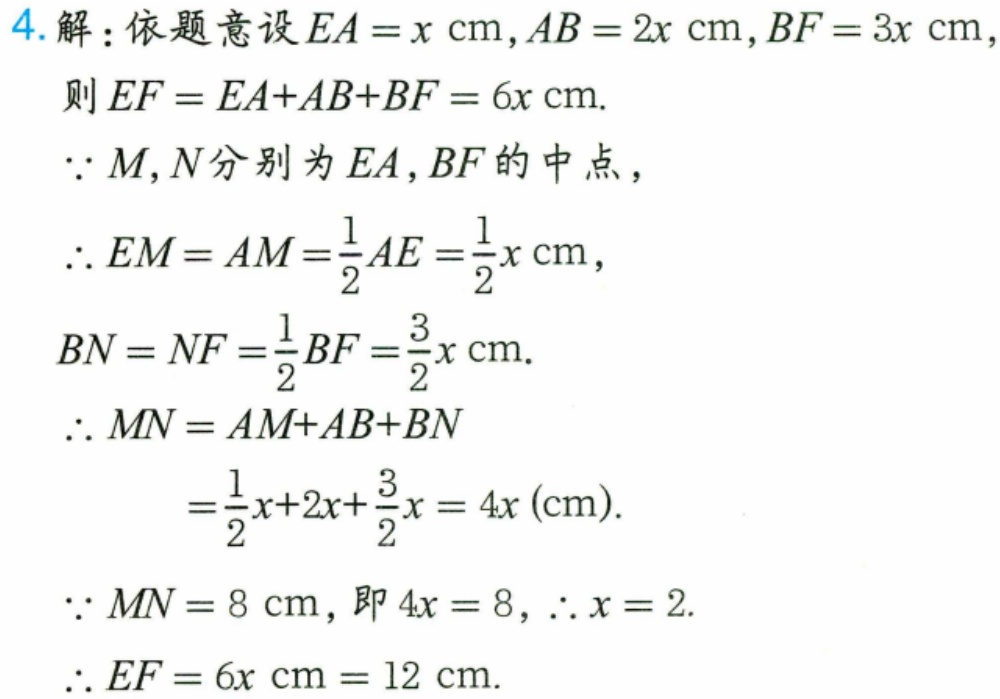
4.解：依题意设 \(EA = x\mathrm{cm}\), \(AB = 2x\mathrm{cm}\), \(BF = 3x\mathrm{cm}\),
则 \(EF = EA + AB+BF = 6x\mathrm{cm}\).
\(\because M,N\)分别为 \(EA,BF\)的中点，
\(\therefore EM = AM=\frac{1}{2}AE=\frac{1}{2}x\mathrm{cm}\),
\(BN = NF=\frac{1}{2}BF=\frac{3}{2}x\mathrm{cm}\).
\(\therefore MN = AM + AB+BN\)
\(=\frac{1}{2}x + 2x+\frac{3}{2}x = 4x(\mathrm{cm})\).
\(\because MN = 8\mathrm{cm}\), 即 \(4x = 8\), \(\therefore x = 2\).
\(\therefore EF = 6x\mathrm{cm}=12\mathrm{cm}\).